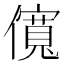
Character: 𫣷